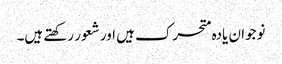
نوجوان یادہ متحرک ہیں اور شعور رکھتے ہیں۔